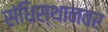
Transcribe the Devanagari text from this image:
संधिस्थानवर